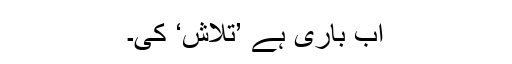
اب باری ہے ’تلاش‘ کی۔